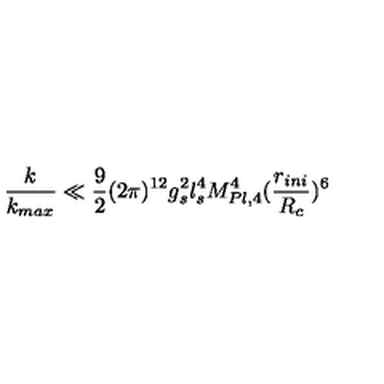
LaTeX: \frac { k } { k _ { m a x } } \ll \frac { 9 } { 2 } ( 2 \pi ) ^ { 1 2 } g _ { s } ^ { 2 } l _ { s } ^ { 4 } M _ { P l , 4 } ^ { 4 } ( \frac { r _ { i n i } } { R _ { c } } ) ^ { 6 }